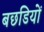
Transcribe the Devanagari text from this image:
बछडियों